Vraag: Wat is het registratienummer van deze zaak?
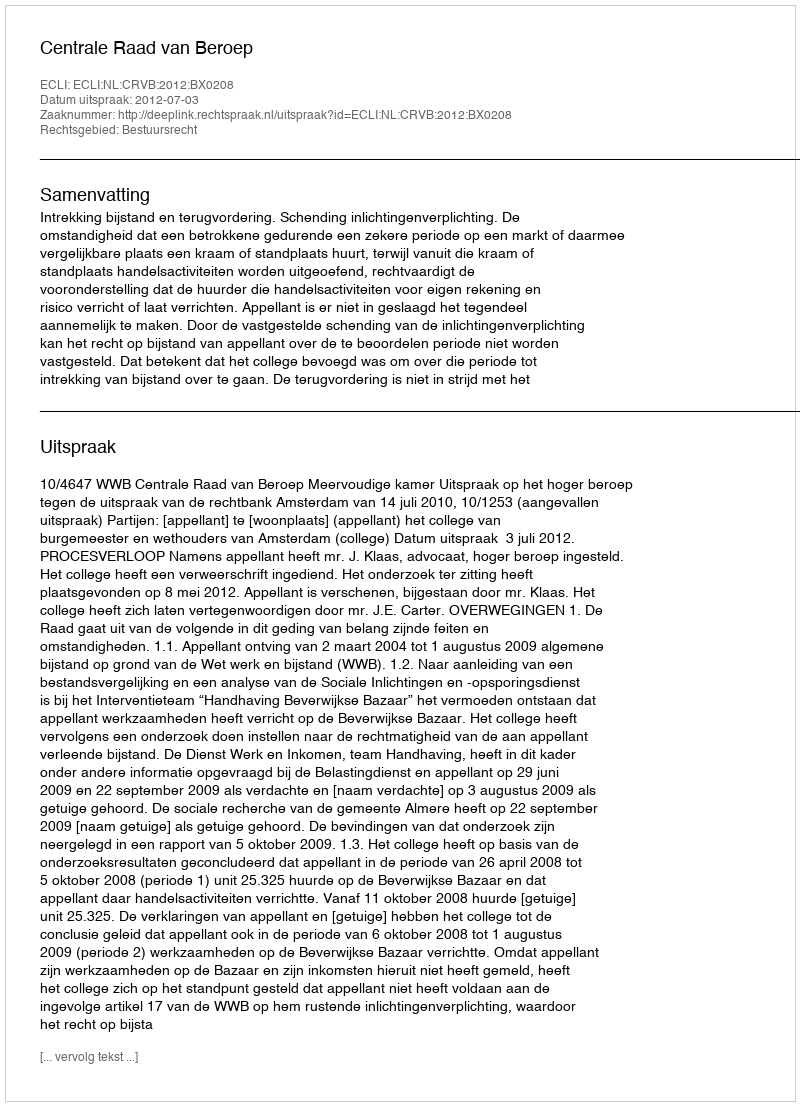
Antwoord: http://deeplink.rechtspraak.nl/uitspraak?id=ECLI:NL:CRVB:2012:BX0208